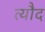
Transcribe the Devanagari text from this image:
त्यौद